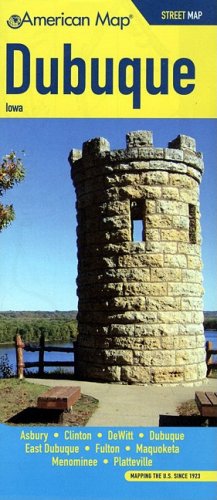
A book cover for Dubuque IA Pocket Map; American Map; Travel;